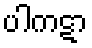
ပါကဋာ